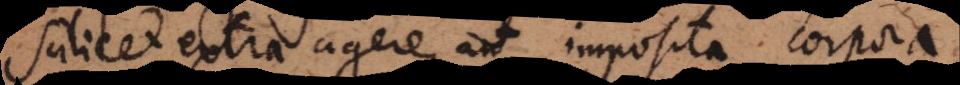
scilicet extra agere, aut imposita corpora